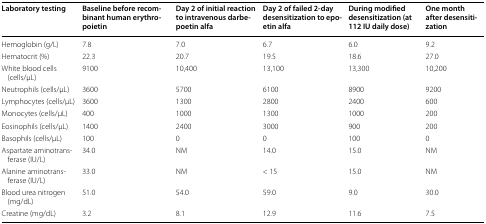
| Laboratory testing | Baseline before recombinant human erythropoietin | Day 2 of initial reaction to intravenous darbepoetin alfa | Day 2 of failed 2-day desensitization to epoetin alfa | During modified desensitization (at 112 IU daily dose) | One month after desensitization |
 | --- | --- | --- | --- | --- | --- |
 | Hemoglobin (g/L) | 7.8 | 7.0 | 6.7 | 6.0 | 9.2 |
 | Hematocrit (%) | 22.3 | 20.7 | 19.5 | 18.6 | 27.0 |
 | White blood cells (cells/μL) | 9100 | 10,400 | 13,100 | 13,300 | 10,200 |
 | Neutrophils (cells/μL) | 3600 | 5700 | 6100 | 8900 | 9200 |
 | Lymphocytes (cells/μL) | 3600 | 1300 | 2800 | 2400 | 600 |
 | Monocytes (cells/μL) | 400 | 1000 | 1300 | 1000 | 200 |
 | Eosinophils (cells/μL) | 1400 | 2400 | 3000 | 900 | 200 |
 | Basophils (cells/μL) | 100 | 0 | 0 | 100 | 0 |
 | Aspartate aminotransferase (IU/L) | 34.0 | NM | 14.0 | 15.0 | NM |
 | Alanine aminotransferase (IU/L) | 33.0 | NM | < 15 | 15.0 | NM |
 | Blood urea nitrogen (mg/dL) | 51.0 | 54.0 | 59.0 | 9.0 | 30.0 |
 | Creatine (mg/dL) | 3.2 | 8.1 | 12.9 | 11.6 | 7.5 |